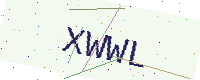
Text: XWWL